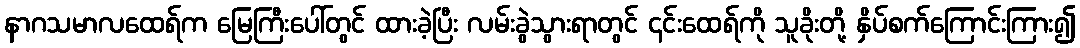
နာဂသမာလထေရ်က မြေကြီးပေါ်တွင် ထားခဲ့ပြီး လမ်းခွဲသွားရာတွင် ၎င်းထေရ်ကို သူခိုးတို့ နှိပ်စက်ကြောင်းကြား၍